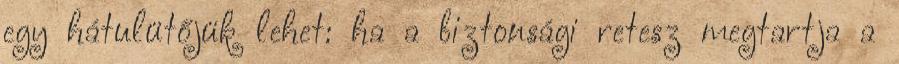
egy hátulütőjük lehet: ha a biztonsági retesz megtartja a